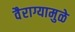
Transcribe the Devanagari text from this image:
वैराग्यामुळे